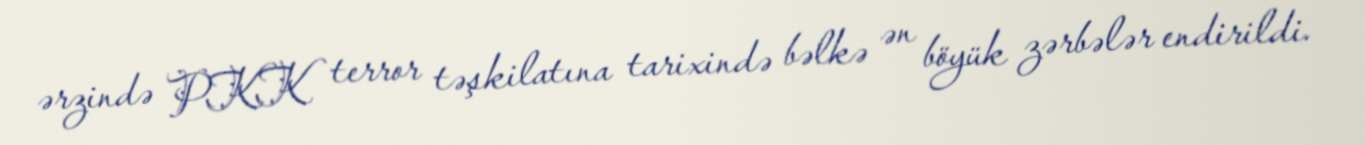
ərzində PKK terror təşkilatına tarixində bəlkə ən böyük zərbələr endirildi.